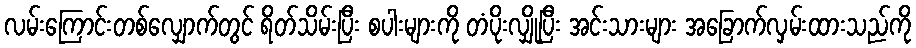
လမ်းကြောင်းတစ်လျှောက်တွင် ရိတ်သိမ်းပြီး စပါးများကို တံပိုးလျှိုပြီး အင်းသားများ အခြောက်လှမ်းထားသည်ကို